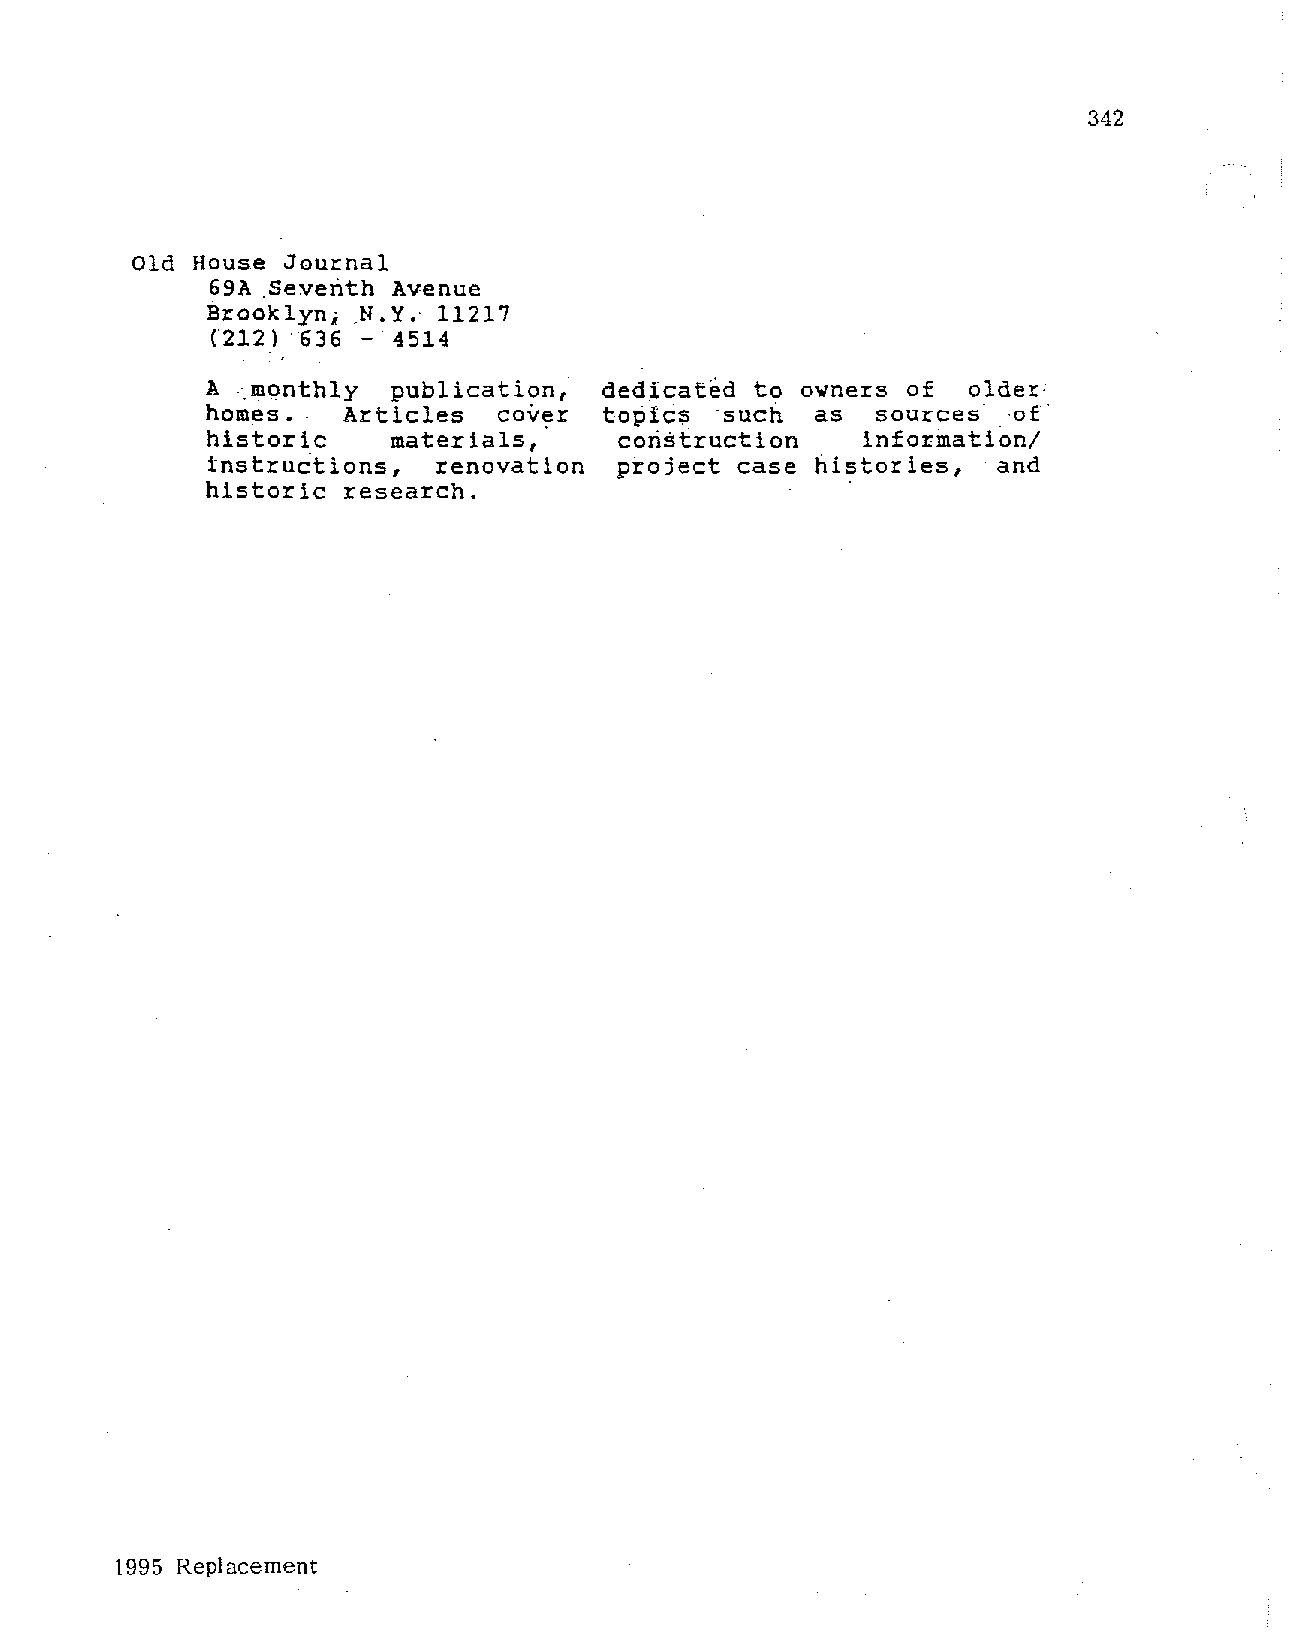
342
 Old
 Hous~ Jou~nal
 69A .Seventh Avenue
 .N.Y. 11217
 B~ooklyn;
 (212) 636 -  4514
 A  monthly  publication,  dedicated to owners  of  older
 homes.                    topics  such  as  sources  ·of·
 A~ticles  cove~
 historic    materials,     corist~uction    information/
 inst~uctions,  ~enovation  project case histories,  and
 research.
 histo~ic
 1995 Replacement